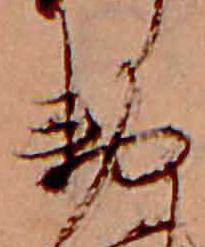
勅